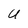
Character: U